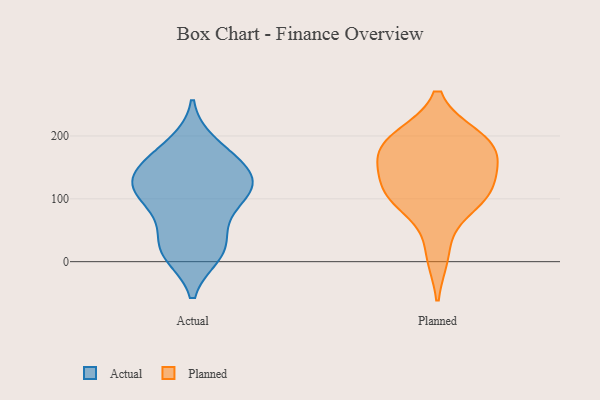
{"axis": {"x": "Budget (USD K)", "y": "Value"}, "legend": ["Actual", "Planned"], "data": [{"x": "", "y": 139, "type": "Actual"}, {"x": "", "y": 28, "type": "Actual"}, {"x": "", "y": 90, "type": "Actual"}, {"x": "", "y": 122, "type": "Actual"}, {"x": "", "y": 171, "type": "Actual"}, {"x": "", "y": 18, "type": "Actual"}, {"x": "", "y": 18, "type": "Actual"}, {"x": "", "y": 116, "type": "Actual"}, {"x": "", "y": 12, "type": "Actual"}, {"x": "", "y": 119, "type": "Actual"}, {"x": "", "y": 100, "type": "Actual"}, {"x": "", "y": 165, "type": "Actual"}, {"x": "", "y": 131, "type": "Actual"}, {"x": "", "y": 187, "type": "Actual"}, {"x": "", "y": 138, "type": "Actual"}, {"x": "", "y": 67, "type": "Actual"}, {"x": "", "y": 188, "type": "Planned"}, {"x": "", "y": 101, "type": "Planned"}, {"x": "", "y": 105, "type": "Planned"}, {"x": "", "y": 101, "type": "Planned"}, {"x": "", "y": 147, "type": "Planned"}, {"x": "", "y": 195, "type": "Planned"}, {"x": "", "y": 173, "type": "Planned"}, {"x": "", "y": 12, "type": "Planned"}, {"x": "", "y": 111, "type": "Planned"}, {"x": "", "y": 197, "type": "Planned"}, {"x": "", "y": 163, "type": "Planned"}]}